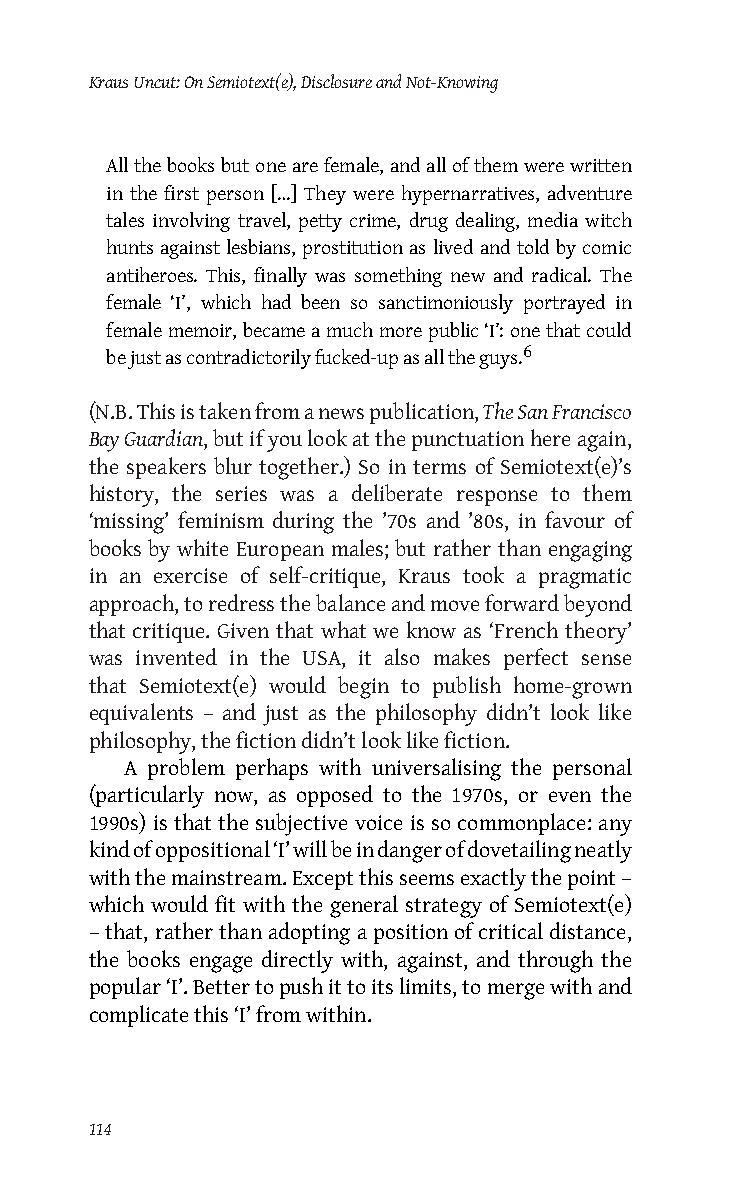
Kraus Uncut: On Semiotext(e), Disclosure and Not-Knowing
 All the books but one are female, and all of them were written
 in the first person […] They were hypernarratives, adventure
 tales involving travel, petty crime, drug dealing, media witch
 hunts against lesbians, prostitution as lived and told by comic
 antiheroes. This, finally was something new and radical. The
 female ‘I’, which had been so sanctimoniously portrayed in
 female memoir, became a much more public ‘I’: one that could
 6
 be just as contradictorily fucked-up as all the guys.
 (N.B. This is taken from a news publication, The San Francisco
 Bay Guardian, but if you look at the punctuation here again,
 the speakers blur together.) So in terms of Semiotext(e)’s
 history, the series was a deliberate response to them
 ‘missing’ feminism during the ’70s and ’80s, in favour of
 books by white European males; but rather than engaging
 in an exercise of self-critique, Kraus took a pragmatic
 approach, to redress the balance and move forward beyond
 that critique. Given that what we know as ‘French theory’
 was invented in the USA, it also makes perfect sense
 that Semiotext(e) would begin to publish home-grown
 equivalents – and just as the philosophy didn’t look like
 philosophy, the fiction didn’t look like fiction.
 A problem perhaps with universalising the personal
 (particularly now, as opposed to the 1970s, or even the
 1990s) is that the subjective voice is so commonplace: any
 kind of oppositional ‘I’ will be in danger of dovetailing neatly
 with the mainstream. Except this seems exactly the point –
 which would fit with the general strategy of Semiotext(e)
 – that, rather than adopting a position of critical distance,
 the books engage directly with, against, and through the
 popular ‘I’. Better to push it to its limits, to merge with and
 complicate this ‘I’ from within.
 114